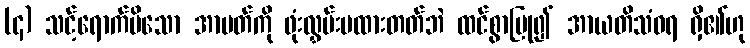
(၄) သင့်ရောက်မိသော အာပတ်ကို ဖုံးလွှမ်းမထားတတ်ဘဲ ထင်စွာပြု၍ အာယတိသံဝရ ရှိ၏ဟု